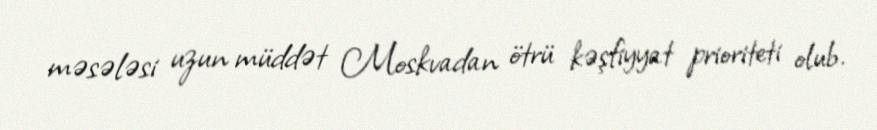
məsələsi uzun müddət Moskvadan ötrü kəşfiyyat prioriteti olub.